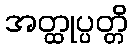
အတ္ထုပ္ပတ္တိ